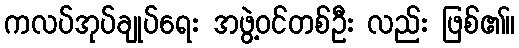
ကလပ်အုပ်ချုပ်ရေး အဖွဲ့ဝင်တစ်ဦး လည်း ဖြစ်၏။